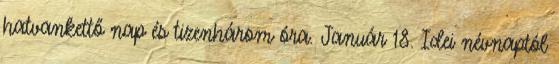
hatvankettő nap és tizenhárom óra. Január 18. Idei névnaptól